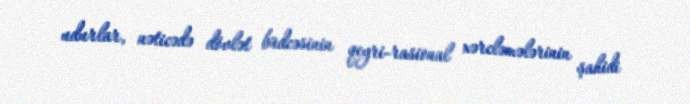
udurlar, nəticədə dövlət büdcəsinin qeyri-rasional xərcləmələrinin şahidi